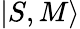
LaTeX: \lvert S,M\rangle